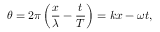
\theta = 2 \pi \left( { \frac { x } { \lambda } } - { \frac { t } { T } } \right) = k x - \omega t ,